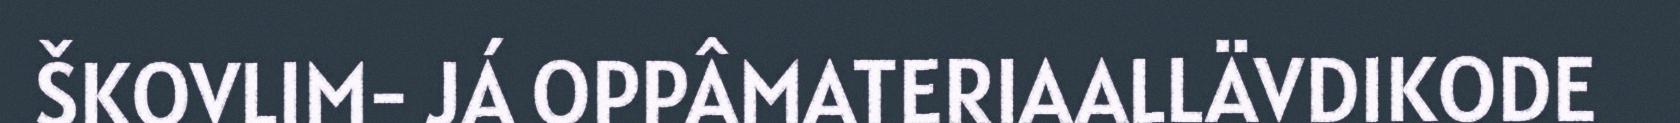
ŠKOVLIM- JÁ OPPÂMATERIAALLÄVDIKODE